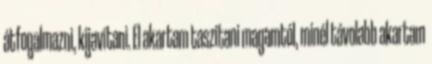
átfogalmazni, kijavítani. El akartam taszítani magamtól, minél távolabb akartam